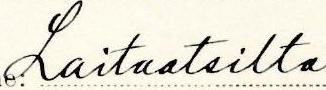
Laitaatsilta